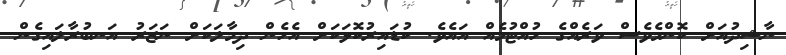
ނާޝިދުއަށް ކޮންމެވެސް ވަރެއްގެ ހުއްޓުމެއް އައެވެ. ކުޑައިރުކޮޅަކަށް އެހެން ދިމާލަކަށް ނަޒަރު އަނބުރާލައިގެން